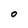
Character: o